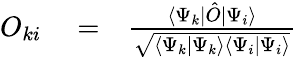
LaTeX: \begin{array}{rlr}{O_{ki}}&{{}=}&{\frac{\langle{\Psi_{k}|\hat{O}|\Psi_{i}}\rangle}{\sqrt{\langle{\Psi_{k}|\Psi_{k}}\rangle{\langle{\Psi_{i}|\Psi_{i}}\rangle}}}}\end{array}